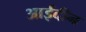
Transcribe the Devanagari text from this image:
आईदीन